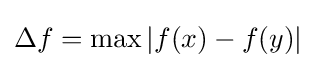
\Delta f=\max |f(x)-f(y)|